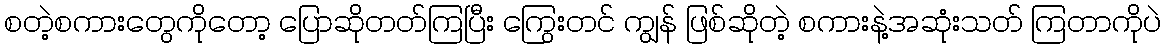
စတဲ့စကားတွေကိုတော့ ပြောဆိုတတ်ကြပြီး ကြွေးတင် ကျွန် ဖြစ်ဆိုတဲ့ စကားနဲ့အဆုံးသတ် ကြတာကိုပဲ